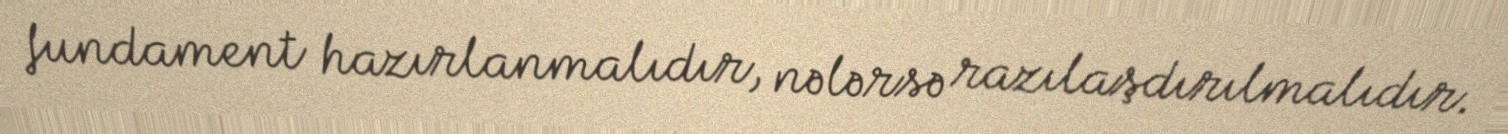
fundament hazırlanmalıdır, nələrsə razılaşdırılmalıdır.